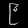
Digit: ၉